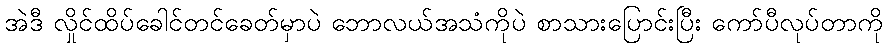
အဲဒီ လှိုင်ထိပ်ခေါင်တင်ခေတ်မှာပဲ ဘောလယ်အသံကိုပဲ စာသားပြောင်းပြီး ကော်ပီလုပ်တာကို